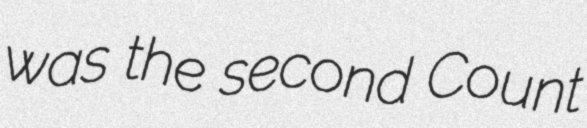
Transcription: was the second Count